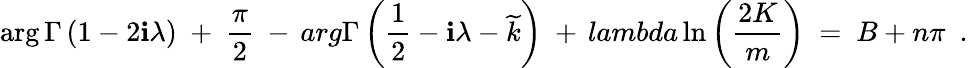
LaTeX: \arg\Gamma\left({1-2\mathbf{i}\lambda}\right)\ +\ {\frac{{\pi}}{{2}}}\ -\, arg\Gamma\left(\frac{{1}}{{2}}-\mathbf{i}\lambda-\widetilde{{k}}\right)\ +\, lambda\ln\left({\frac{{2K}}{{m}}}\right)\ =\ B+n\pi\ \ .